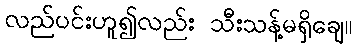
လည်ပင်းဟူ၍လည်း သီးသန့်မရှိချေ။